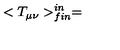
< T _ { \mu \nu } > _ { f i n } ^ { i n } =